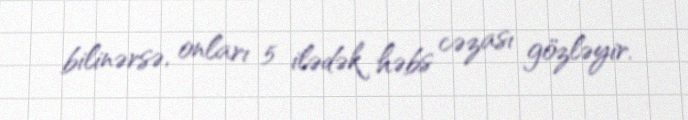
bilinərsə, onları 5 ilədək həbs cəzası gözləyir.